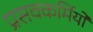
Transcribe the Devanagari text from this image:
प्रसवकर्मियों